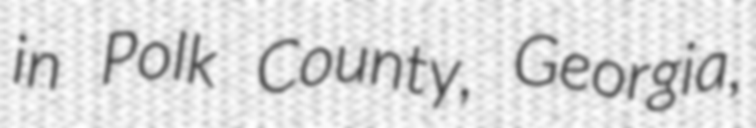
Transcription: in Polk County, Georgia,